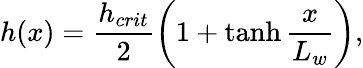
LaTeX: h(x)=\frac{h_{crit}}{2}\left(1+\operatorname{tanh}\frac{x}{L_{w}}\right),